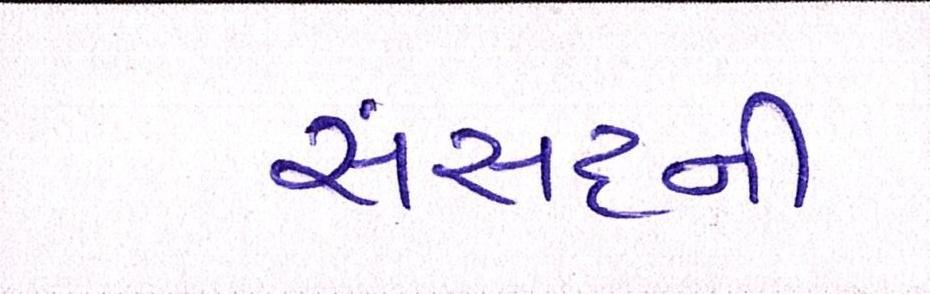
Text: સંસદની